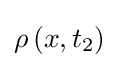
\rho \left(x,t_{2}\right)